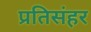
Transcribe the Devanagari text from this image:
प्रतिसंहर